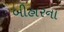
બીહારના